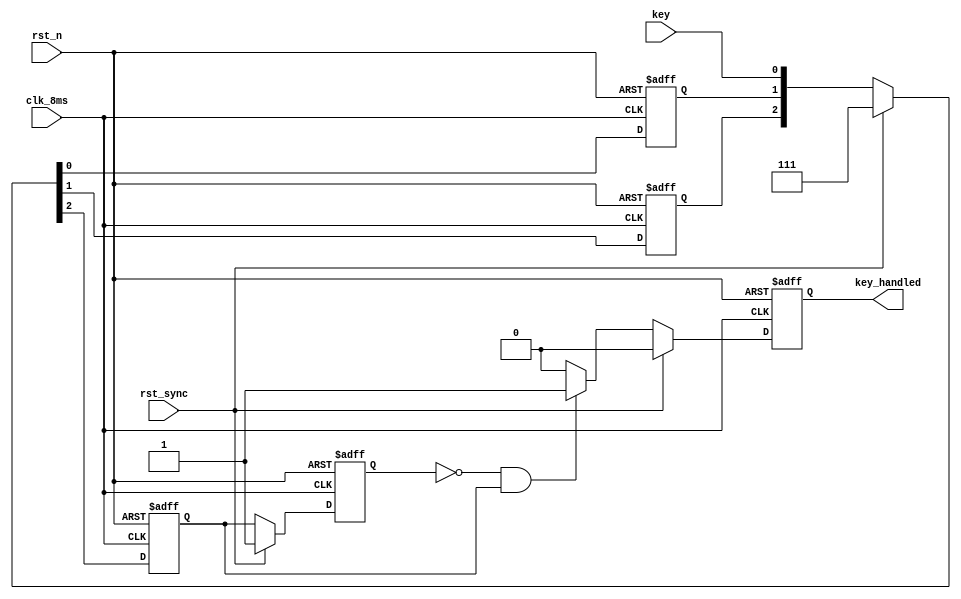
module key_handle(
	input							rst_n			,			
	input							clk_8ms			,			
	input							key				,			// 
	input							rst_sync		,
	
	output	reg						key_handled
	);
	
reg					key1, key2, key_sync		;			// key
reg					key_sync_temp				;
wire				key_rise					;			// key_sync

assign key_rise = !key_sync_temp && key_sync;

// keyclk_8ms
always @(posedge clk_8ms or negedge rst_n)
begin
	if(!rst_n) {key_sync, key2, key1} <= 3'b111;
	else if(rst_sync) {key_sync, key2, key1} <= 3'b111;
	else {key_sync, key2, key1} <= {key2, key1, key};
end
// key_sync
always @(posedge clk_8ms or negedge rst_n)
begin
	if(!rst_n) key_sync_temp <= 1'b1;
	else if(rst_sync) key_sync_temp <= 1'b1;
	else key_sync_temp <= key_sync;
end
// 
always @(posedge clk_8ms or negedge rst_n) begin
	if(!rst_n) key_handled <= 1'b0;
	else if(rst_sync) key_handled <= 1'b0;
	else if(key_rise) key_handled <= 1'b1;
	else key_handled <= 1'b0;
end

endmodule